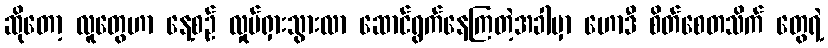
ဆိုတော့ လူတွေဟာ နေ့စဉ် လှုပ်ရှားသွားလာ ဆောင်ရွက်နေကြတဲ့အခါမှာ ဟောဒီ စိတ်စေတသိက် တွေရဲ့